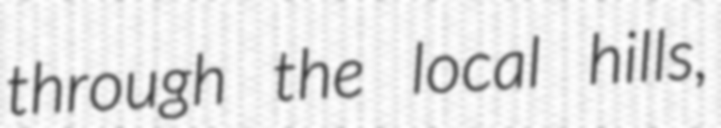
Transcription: through the local hills,